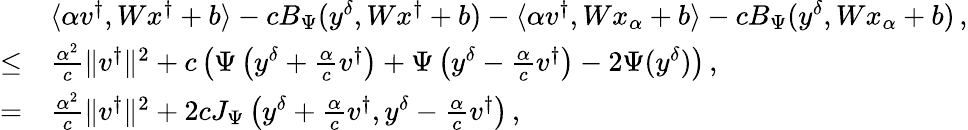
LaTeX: \begin{array}{rl}&{\langle\alpha v^{\dagger},Wx^{\dagger}+b\rangle-cB_{\Psi}(y^{\delta},Wx^{\dagger}+b)-\langle\alpha v^{\dagger},Wx_{\alpha}+b\rangle-cB_{\Psi}(y^{\delta},Wx_{\alpha}+b)\, ,}\\ {\leq}&{\frac{\alpha^{2}}{c}\| v^{\dagger}\| ^{2}+c\left(\Psi\left(y^{\delta}+\frac{\alpha}{c}v^{\dagger}\right)+\Psi\left(y^{\delta}-\frac{\alpha}{c}v^{\dagger}\right)-2\Psi(y^{\delta})\right)\, ,}\\ {=}&{\frac{\alpha^{2}}{c}\| v^{\dagger}\| ^{2}+2cJ_{\Psi}\left(y^{\delta}+\frac{\alpha}{c}v^{\dagger},y^{\delta}-\frac{\alpha}{c}v^{\dagger}\right)\, ,}\end{array}